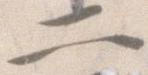
二